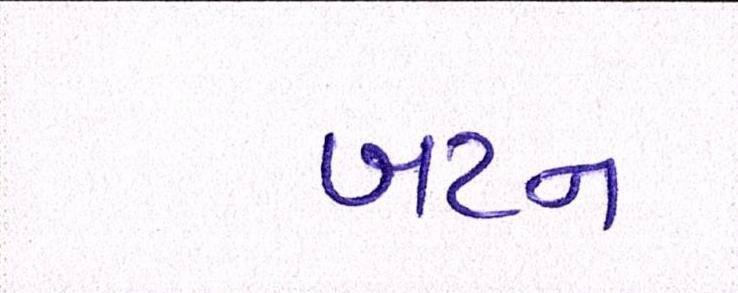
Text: બટન